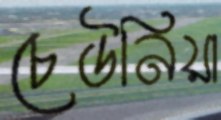
চেউনিয়া